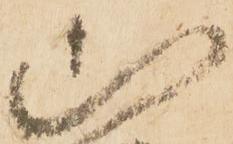
山